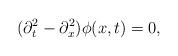
LaTeX: \begin{align*} (\partial^{2}_{t}- \partial^{2}_{x})\phi(x,t)=0,\end{align*}